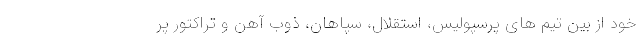
خود از بین تیم های پرسپولیس، استقلال، سپاهان، ذوب آهن و تراکتور پر